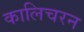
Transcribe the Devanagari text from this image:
कालिचरन